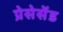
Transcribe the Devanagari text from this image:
प्रेसेसेंड